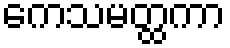
ကေသမတ္ထကာ